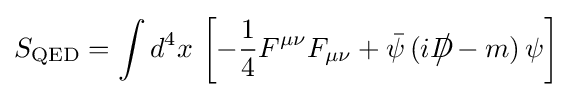
S_{\text{QED}}=\int d^{4}x\,\left[-{\frac {1}{4}}F^{\mu \nu }F_{\mu \nu }+{\bar {\psi }}\,(iD\!\!\!\!{\big /}-m)\,\psi \right]